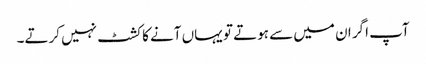
آپ اگر ان میں سے ہوتے تو یہاں آنے کا کشٹ نہیں کرتے۔